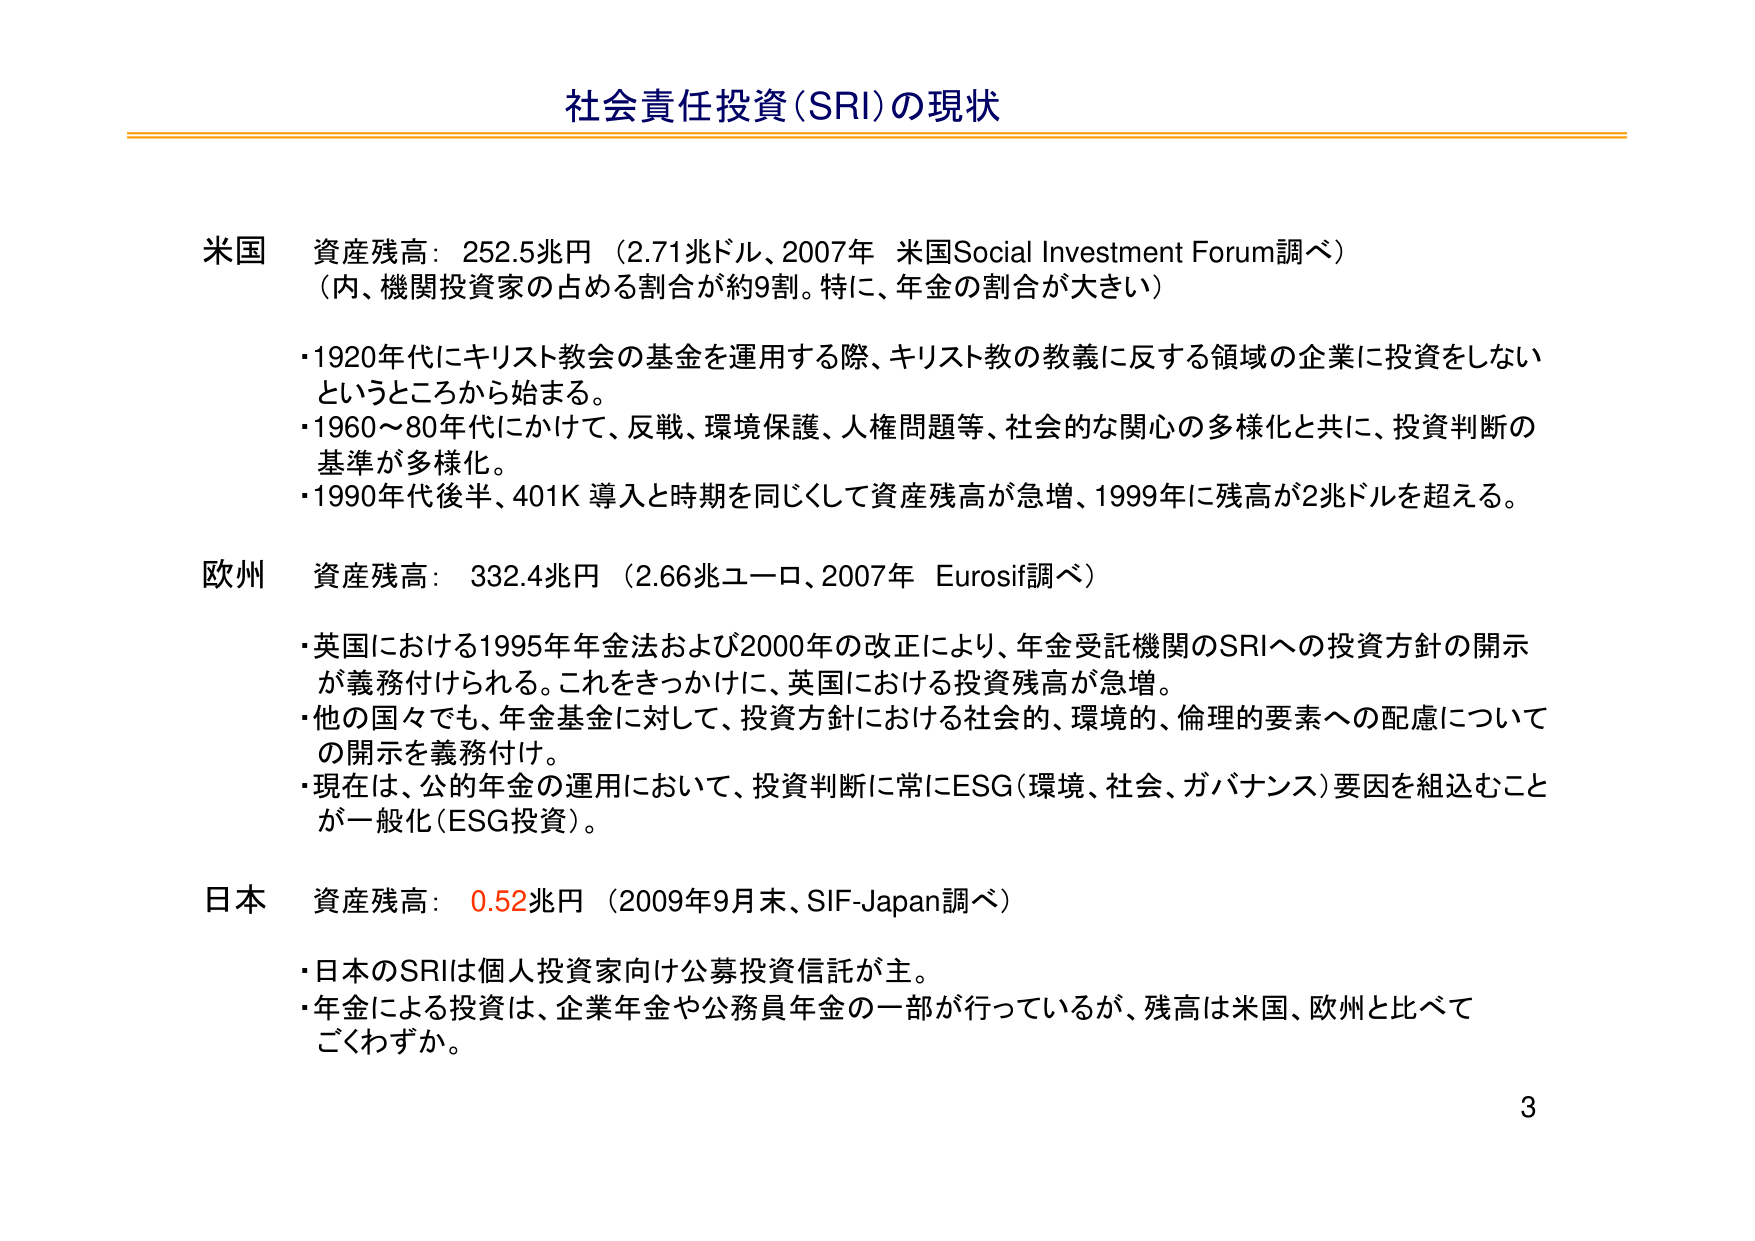
社会責任投資（SRI）の現状

米国 資産残高：252.5兆円（2.71兆ドル、2007年 米国Social Investment Forum調べ）
（内、機関投資家の占める割合が約9割。特に、年金の割合が大きい）

・1920年代にキリスト教会の基金を運用する際、キリスト教の教義に反する領域の企業に投資をしない
というところから始まる。
・1960～80年代にかけて、反戦、環境保護、人権問題等、社会的な関心の多様化と共に、投資判断の
基準が多様化。
・1990年代後半、401K 導入と時期を同じくして資産残高が急増、1999年に残高が2兆ドルを超える。

欧州 資産残高：332.4兆円（2.66兆ユーロ、2007年 Eurosif調べ）

・英国における1995年年金法および2000年の改正により、年金受託機関のSRIへの投資方針の開示
が義務付けられる。これをきっかけに、英国における投資残高が急増。
・他の国々でも、年金基金に対して、投資方針における社会的、環境的、倫理的要素への配慮について
の開示を義務付け。
・現在は、公的年金の運用において、投資判断に常にESG（環境、社会、ガバナンス）要因を組込むこと
が一般化（ESG投資）。

日本 資産残高：0.52兆円（2009年9月末、SIF-Japan調べ）

・日本のSRIは個人投資家向け公募投資信託が主。
・年金による投資は、企業年金や公務員年金の一部が行っているが、残高は米国、欧州と比べて
ごくわずか。

3